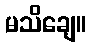
မသိချေ။